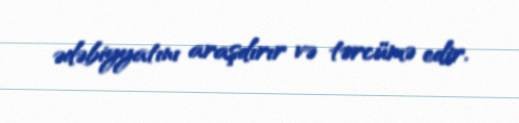
ədəbiyyatını araşdırır və tərcümə edir.